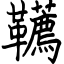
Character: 韉